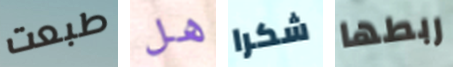
طبعت هل شكرا ربطها